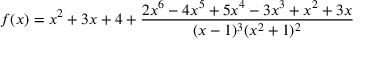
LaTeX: f ( x ) = x ^ { 2 } + 3 x + 4 + { \frac { 2 x ^ { 6 } - 4 x ^ { 5 } + 5 x ^ { 4 } - 3 x ^ { 3 } + x ^ { 2 } + 3 x } { ( x - 1 ) ^ { 3 } ( x ^ { 2 } + 1 ) ^ { 2 } } }